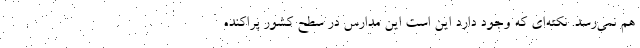
هم نمی‌رسد. نکته‌ای که وجود دارد این است این مدارس در سطح کشور پراکنده